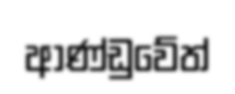
ආණ්ඩුවේත්